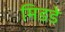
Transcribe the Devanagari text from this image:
मिडडे